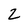
Character: 2